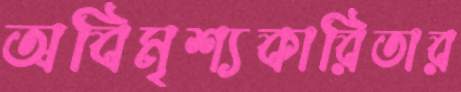
অবিমৃশ্যকারিতার